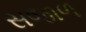
સજાળ